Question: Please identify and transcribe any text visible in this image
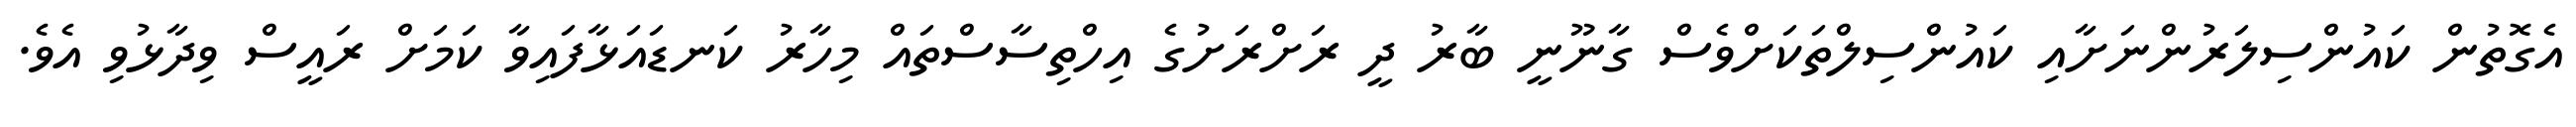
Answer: އެގޮތުން ކައުންސިލަރުންނަށާއި ކައުންސިލްތަކަށްވެސް ގާނޫނީ ބާރު ދީ ރަށްރަށުގެ އިހްތިސާސްތައް މިހާރު ކަނޑައަޅާފައިވާ ކަމަށް ރައީސް ވިދާޅުވި އެވެ.